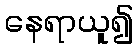
နေရာယူ၍